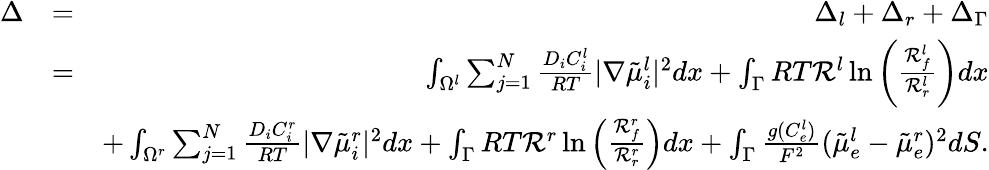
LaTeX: \begin{array}{rlr}{\Delta}&{=}&{\Delta_{l}+\Delta_{r}+\Delta_{\Gamma}}\\ &{=}&{\int_{\Omega^{l}}\sum_{j=1}^{N}\frac{D_{i}C_{i}^{l}}{RT}|\nabla\tilde{\mu}_{i}^{l}|^{2}dx+\int_{\Gamma}RT\mathcal{R}^{l}\ln\left(\frac{\mathcal{R}_{f}^{l}}{\mathcal{R}_{r}^{l}}\right)dx}\\ &{}&{+\int_{\Omega^{r}}\sum_{j=1}^{N}\frac{D_{i}C_{i}^{r}}{RT}|\nabla\tilde{\mu}_{i}^{r}|^{2}dx+\int_{\Gamma}RT\mathcal{R}^{r}\ln\left(\frac{\mathcal{R}_{f}^{r}}{\mathcal{R}_{r}^{r}}\right)dx+\int_{\Gamma}\frac{g(C_{e}^{l})}{F^{2}}(\tilde{\mu}_{e}^{l}-\tilde{\mu}_{e}^{r})^{2}dS.}\end{array}